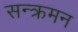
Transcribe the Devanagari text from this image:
सन्क्रमन